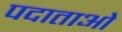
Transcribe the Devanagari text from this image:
पदाताओं